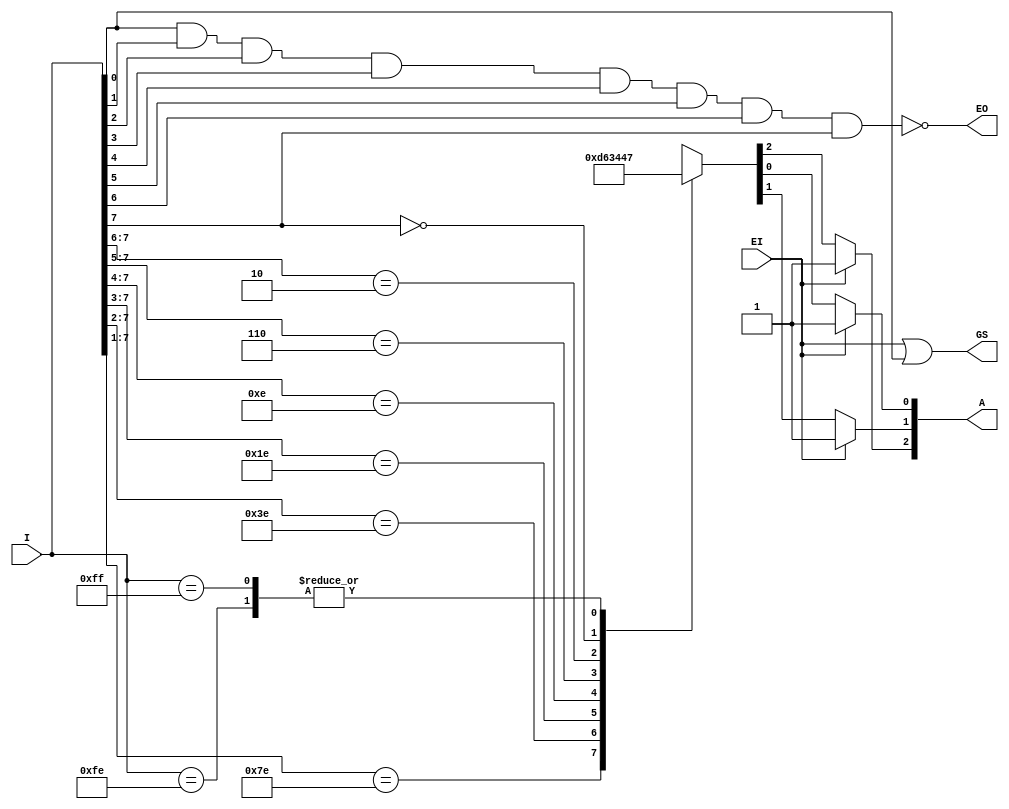
module encoder8to3(EI,I,A,GS,EO);
input EI;
input [7:0]I;
output reg[2:0]A;
output GS,EO;

assign GS = EI|I[0];
assign EO = ~(I[0]&I[1]&I[2]&I[3]&I[4]&I[5]&I[6]&I[7]);

always @(I[7] or I[6] or I[5] or I[4] or I[3] or I[2] or I[1] or I[0])
	if(EI == 1) begin
		A[2] = 1; A[1] = 1; A[0] = 1;
	end
	else begin
		casex(I)
			8'b11111110: A = 3'b111;
			8'b1111110x: A = 3'b110;
			8'b111110xx: A = 3'b101;
			8'b11110xxx: A = 3'b100;
			8'b1110xxxx: A = 3'b011;
			8'b110xxxxx: A = 3'b010;
			8'b10xxxxxx: A = 3'b001;
			8'b0xxxxxxx: A = 3'b000;
			8'b11111111: A = 3'b111;
			default: A = 3'b111;
		endcase
	end
endmodule